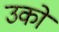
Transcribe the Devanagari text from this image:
उको